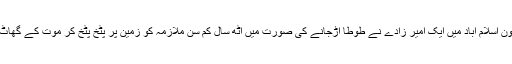
بحریہ ٹائون اسلام آباد میں ایک امیر زادے نے طوطا اڑجانے کی صورت میں آٹھ سال کم سن ملازمہ کو زمین پر پٹخ پٹخ کر موت کے گھاٹ اتار دیا ۔